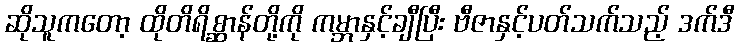
ဆိုသူကတော့ ထိုတိရိစ္ဆာန်တို့ကို ကမ္ဘာနှင့်ချီပြီး ဗီဇာနှင့်ပတ်သက်သည့် ဒက်ဒီ